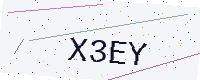
Text: X3EY